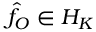
\hat { f } _ { O } \in { { \cal { H } } _ { K } }